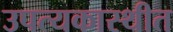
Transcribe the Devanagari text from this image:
उपत्यकास्थीत